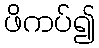
ဖိကပ်၍